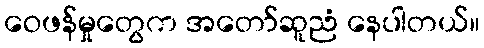
ဝေဖန်မှုတွေက အတော်ဆူညံ နေပါတယ်။